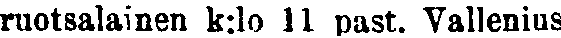
ruotsalainen k:lo 11 past. Vallenius